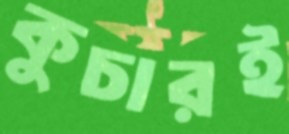
কুচারই